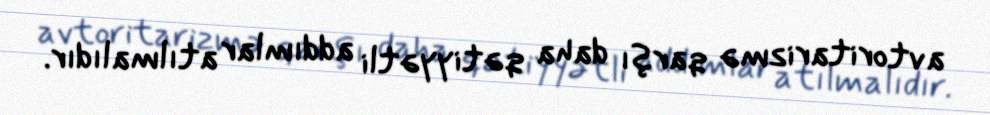
avtoritarizmə qarşı daha qətiyyətli addımlar atılmalıdır.